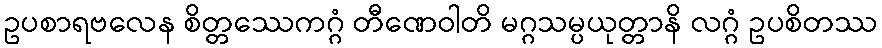
ဥပစာရဗလေန စိတ္တဿေကဂ္ဂံ တီဏေဝါတိ မဂ္ဂသမ္ပယုတ္တာနိ လဂ္ဂံ ဥပစိတဿ